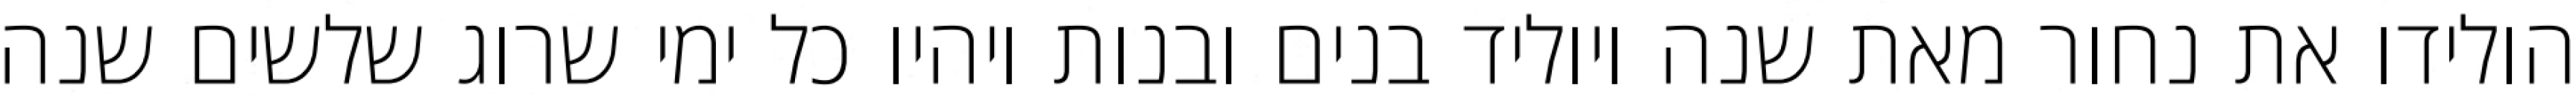
הולידו את נחור מאת שנה ויוליד בנים ובנות ויהיו כל ימי שרוג שלשים שנה